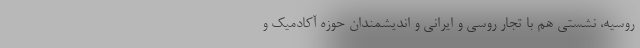
روسیه، نشستی هم با تجار روسی و ایرانی و اندیشمندان حوزه آکادمیک و